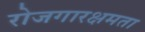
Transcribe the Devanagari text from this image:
रोजगारक्षमता